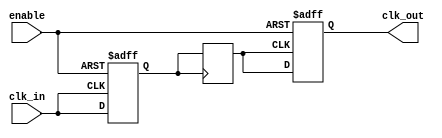
module clock_buffer (
    input wire clk_in,   // Single-ended clock input
    input wire enable,   // Enable signal to control the buffer output
    output reg clk_out   // Buffered clock output
);

// Internal signals for buffering
reg clk_buf;
reg clk_buf_delayed;

// Parameters for delay characteristics
parameter DELAY = 1; // Simulation parameter for propagation delay

// Buffering mechanism
always @(posedge clk_in or negedge enable) begin
    if (!enable) begin
        clk_buf <= 1'b0;  // When disabled, output is low
    end else begin
        clk_buf <= clk_in; // Buffer the input clock when enabled
    end
end

// Simulate the propagation delay and clock output with minimal skew
always @(posedge clk_buf) begin
    #DELAY clk_buf_delayed <= clk_buf; // Delay for propagation
end

// Assign the buffered clock to the output
always @(posedge clk_buf_delayed or negedge enable) begin
    if (!enable) begin
        clk_out <= 1'b0;  // When disabled, output is low
    end else begin
        clk_out <= clk_buf_delayed; // Output the buffered clock
    end
end

endmodule